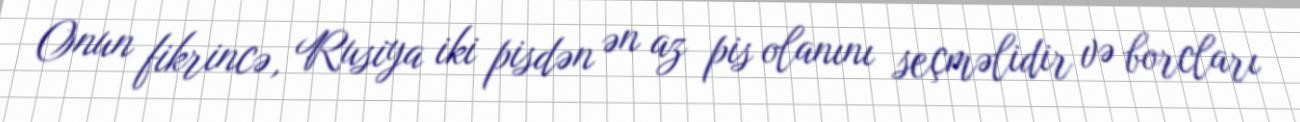
Onun fikrincə, Rusiya iki pisdən ən az pis olanını seçməlidir və borcları